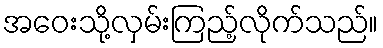
အဝေးသို့လှမ်းကြည့်လိုက်သည်။